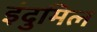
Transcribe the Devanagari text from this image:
इंदुमिल